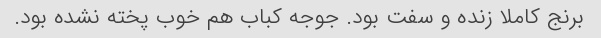
برنج کاملا زنده و سفت بود. جوجه کباب هم خوب پخته نشده بود.